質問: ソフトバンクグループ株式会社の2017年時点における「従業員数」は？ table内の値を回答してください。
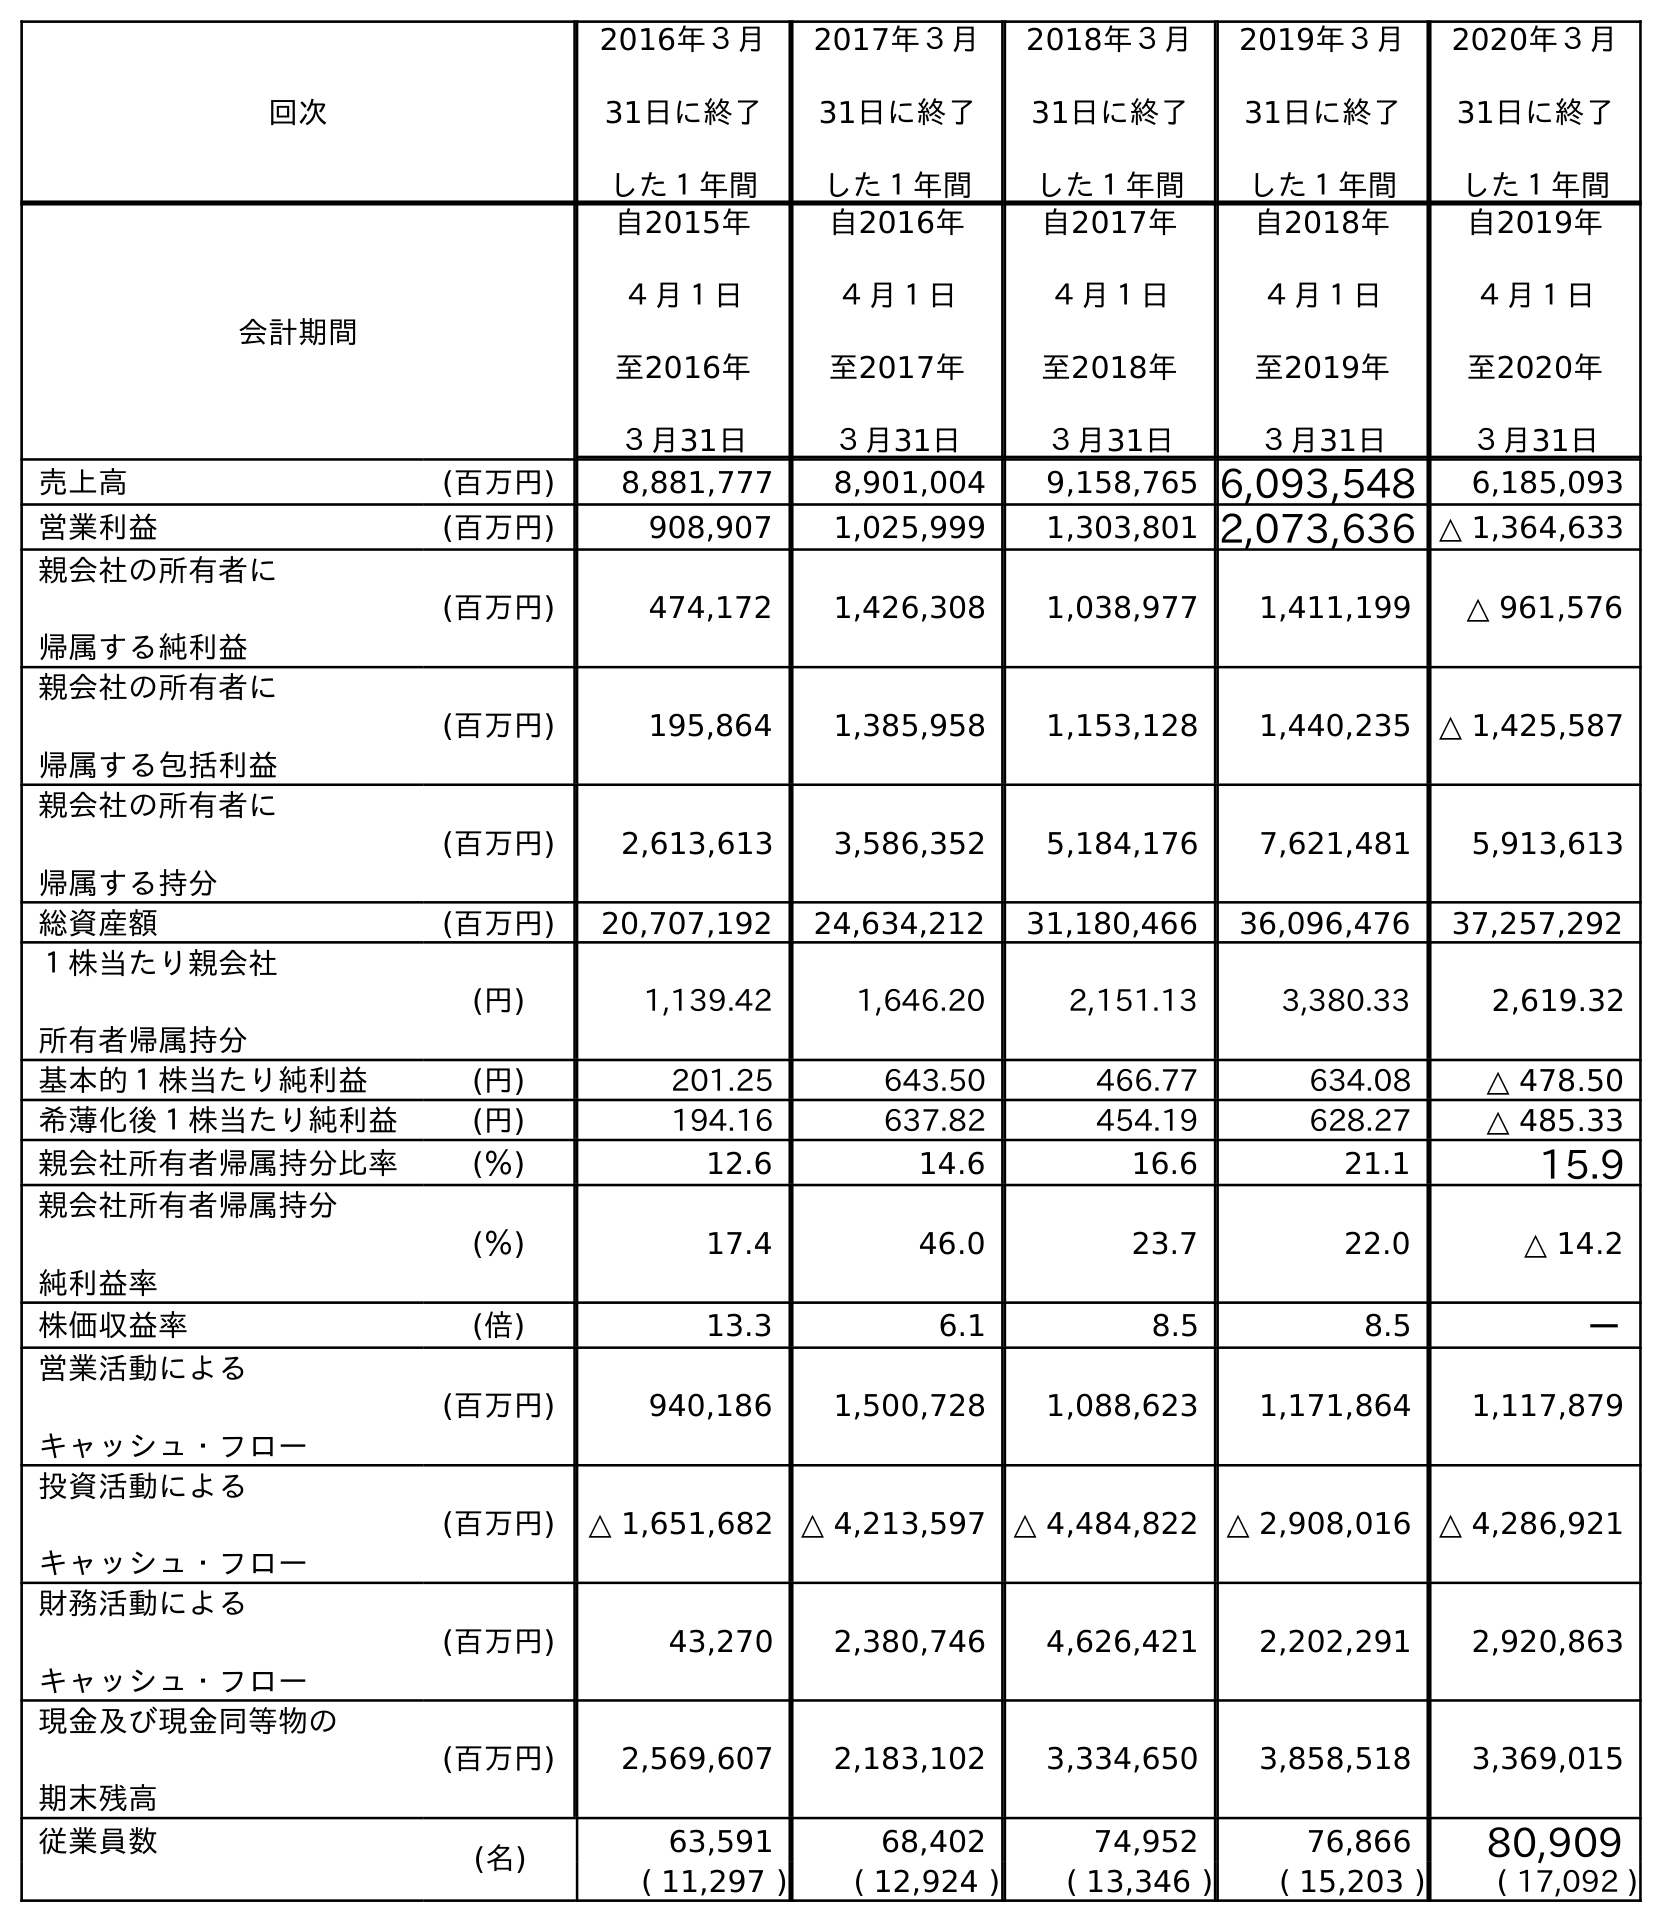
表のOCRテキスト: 回次 2016年３月 31日に終了 した１年間 2017年３月 31日に終了 した１年間 2018年３月 31日に終了 した１年間 2019年３月 31日に終了 した１年間 2020年３月 31日に終了 した１年間 会計期間 自2015年 ４月１日 至2016年 ３月31日 自2016年 ４月１日 至2017年 ３月31日 自2017年 ４月１日 至2018年 ３月31日 自2018年 ４月１日 至2019年 ３月31日 自2019年 ４月１日 至2020年 ３月31日 売上高 (百万円) 8,881,777 8,901,004 9,158,765 6,093,548 6,185,093 営業利益 (百万円) 908,907 1,025,999 1,303,801 2,073,636 △ 1,364,633 親会社の所有者に 帰属する純利益 (百万円) 474,172 1,426,308 1,038,977 1,411,199 △ 961,576 親会社の所有者に 帰属する包括利益 (百万円) 195,864 1,385,958 1,153,128 1,440,235 △ 1,425,587 親会社の所有者に 帰属する持分 (百万円) 2,613,613 3,586,352 5,184,176 7,621,481 5,913,613 総資産額 (百万円) 20,707,192 24,634,212 31,180,466 36,096,476 37,257,292 １株当たり親会社 所有者帰属持分 (円) 1,139.42 1,646.20 2,151.13 3,380.33 2,619.32 基本的１株当たり純利益 (円) 201.25 643.50 466.77 634.08 △ 478.50 希薄化後１株当たり純利益 (円) 194.16 637.82 454.19 628.27 △ 485.33 親会社所有者帰属持分比率 (％) 12.6 14.6 16.6 21.1 15.9 親会社所有者帰属持分 純利益率 (％) 17.4 46.0 23.7 22.0 △ 14.2 株価収益率 (倍) 13.3 6.1 8.5 8.5 － 営業活動による キャッシュ・フロー (百万円) 940,186 1,500,728 1,088,623 1,171,864 1,117,879 投資活動による キャッシュ・フロー (百万円) △ 1,651,682 △ 4,213,597 △ 4,484,822 △ 2,908,016 △ 4,286,921 財務活動による キャッシュ・フロー (百万円) 43,270 2,380,746 4,626,421 2,202,291 2,920,863 現金及び現金同等物の 期末残高 (百万円) 2,569,607 2,183,102 3,334,650 3,858,518 3,369,015 従業員数 (名) 63,591 68,402 74,952 76,866 80,909 ( 11,297 ) ( 12,924 ) ( 13,346 ) ( 15,203 ) ( 17,092 )
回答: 68,402